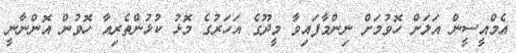
އެމްއީސީން އަލަށް ހޮވުމަށް ނިންމާފައިވާ މީދޫގެ އަހަރުގެ މޮޅު ކުޅުންތެރިއާ ހޮވުން އޮންނާނީ